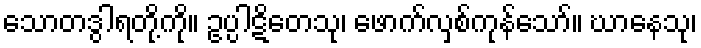
သောတဒွါရတို့ကို။ ဥပ္ပါဋိတေသု၊ ဖောက်လှစ်ကုန်သော်။ ဃာနေသု၊